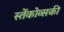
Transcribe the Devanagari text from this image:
स्तेंकोव्सकी